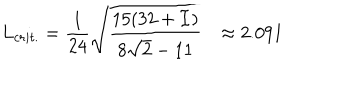
LaTeX: L _ { c r i t . } = \frac { 1 } { 2 4 } \sqrt { \frac { 1 5 ( 3 2 + { \cal I } ) } { 8 \sqrt { 2 } - 1 1 } } \approx 2 . 0 9 1